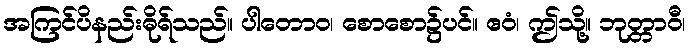
အကြင်ပိနည်းဓိုရ်သည်။ ပါတောဝ၊ စောစော၌ပင်။ ဧဝံ၊ ဤသို့။ ဘုတ္တာဝီ၊